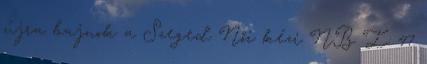
újra bajnok a Szeged Női kézi NB I: 47